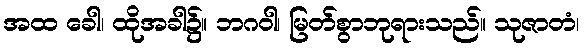
အထ ခေါ၊ ထိုအခါ၌။ ဘဂဝါ၊ မြတ်စွာဘုရားသည်။ သုဇာတံ၊